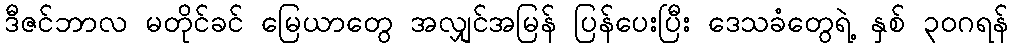
ဒီဇင်ဘာလ မတိုင်ခင် မြေယာတွေ အလျှင်အမြန် ပြန်ပေးပြီး ဒေသခံတွေရဲ့ နှစ် ၃၀ဂရန်